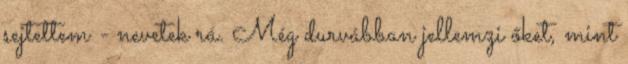
sejtettem - nevetek rá. Még durvábban jellemzi őket, mint